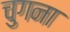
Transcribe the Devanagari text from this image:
चुगना